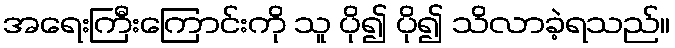
အရေးကြီးကြောင်းကို သူ ပို၍ ပို၍ သိလာခဲ့ရသည်။